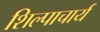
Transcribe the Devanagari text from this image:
शिल्पाचार्य